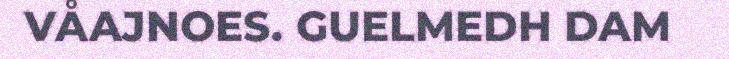
VÅAJNOES. GUELMEDH DAM